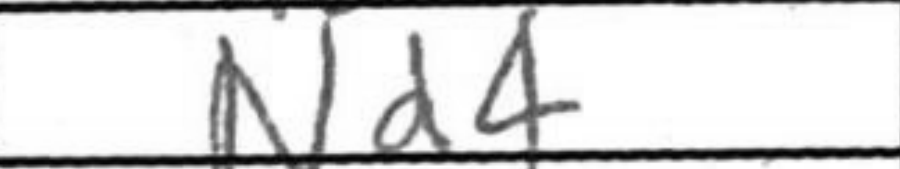
Transcription: Nd4